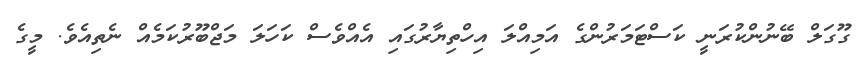
ގޫގަލް ބޭނުންކުރަނީ ކަސްޓަމަރުންގެ އަމިއްލަ އިހްތިޔާރުގައި އެއްވެސް ކަހަލަ މަޖްބޫރުކަމެއް ނެތިއެވެ. މީގެ